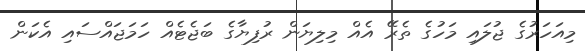
މިއަހަރުގެ ޖުލައި މަހުގެ ތެރޭ އެއް މިލިޔަން ރުފިޔާގެ ބަޖެޓެއް ހަމަޖައްސައި އެކަން